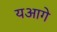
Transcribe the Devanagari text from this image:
यआगे